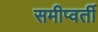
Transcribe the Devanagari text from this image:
समीप्वर्ती